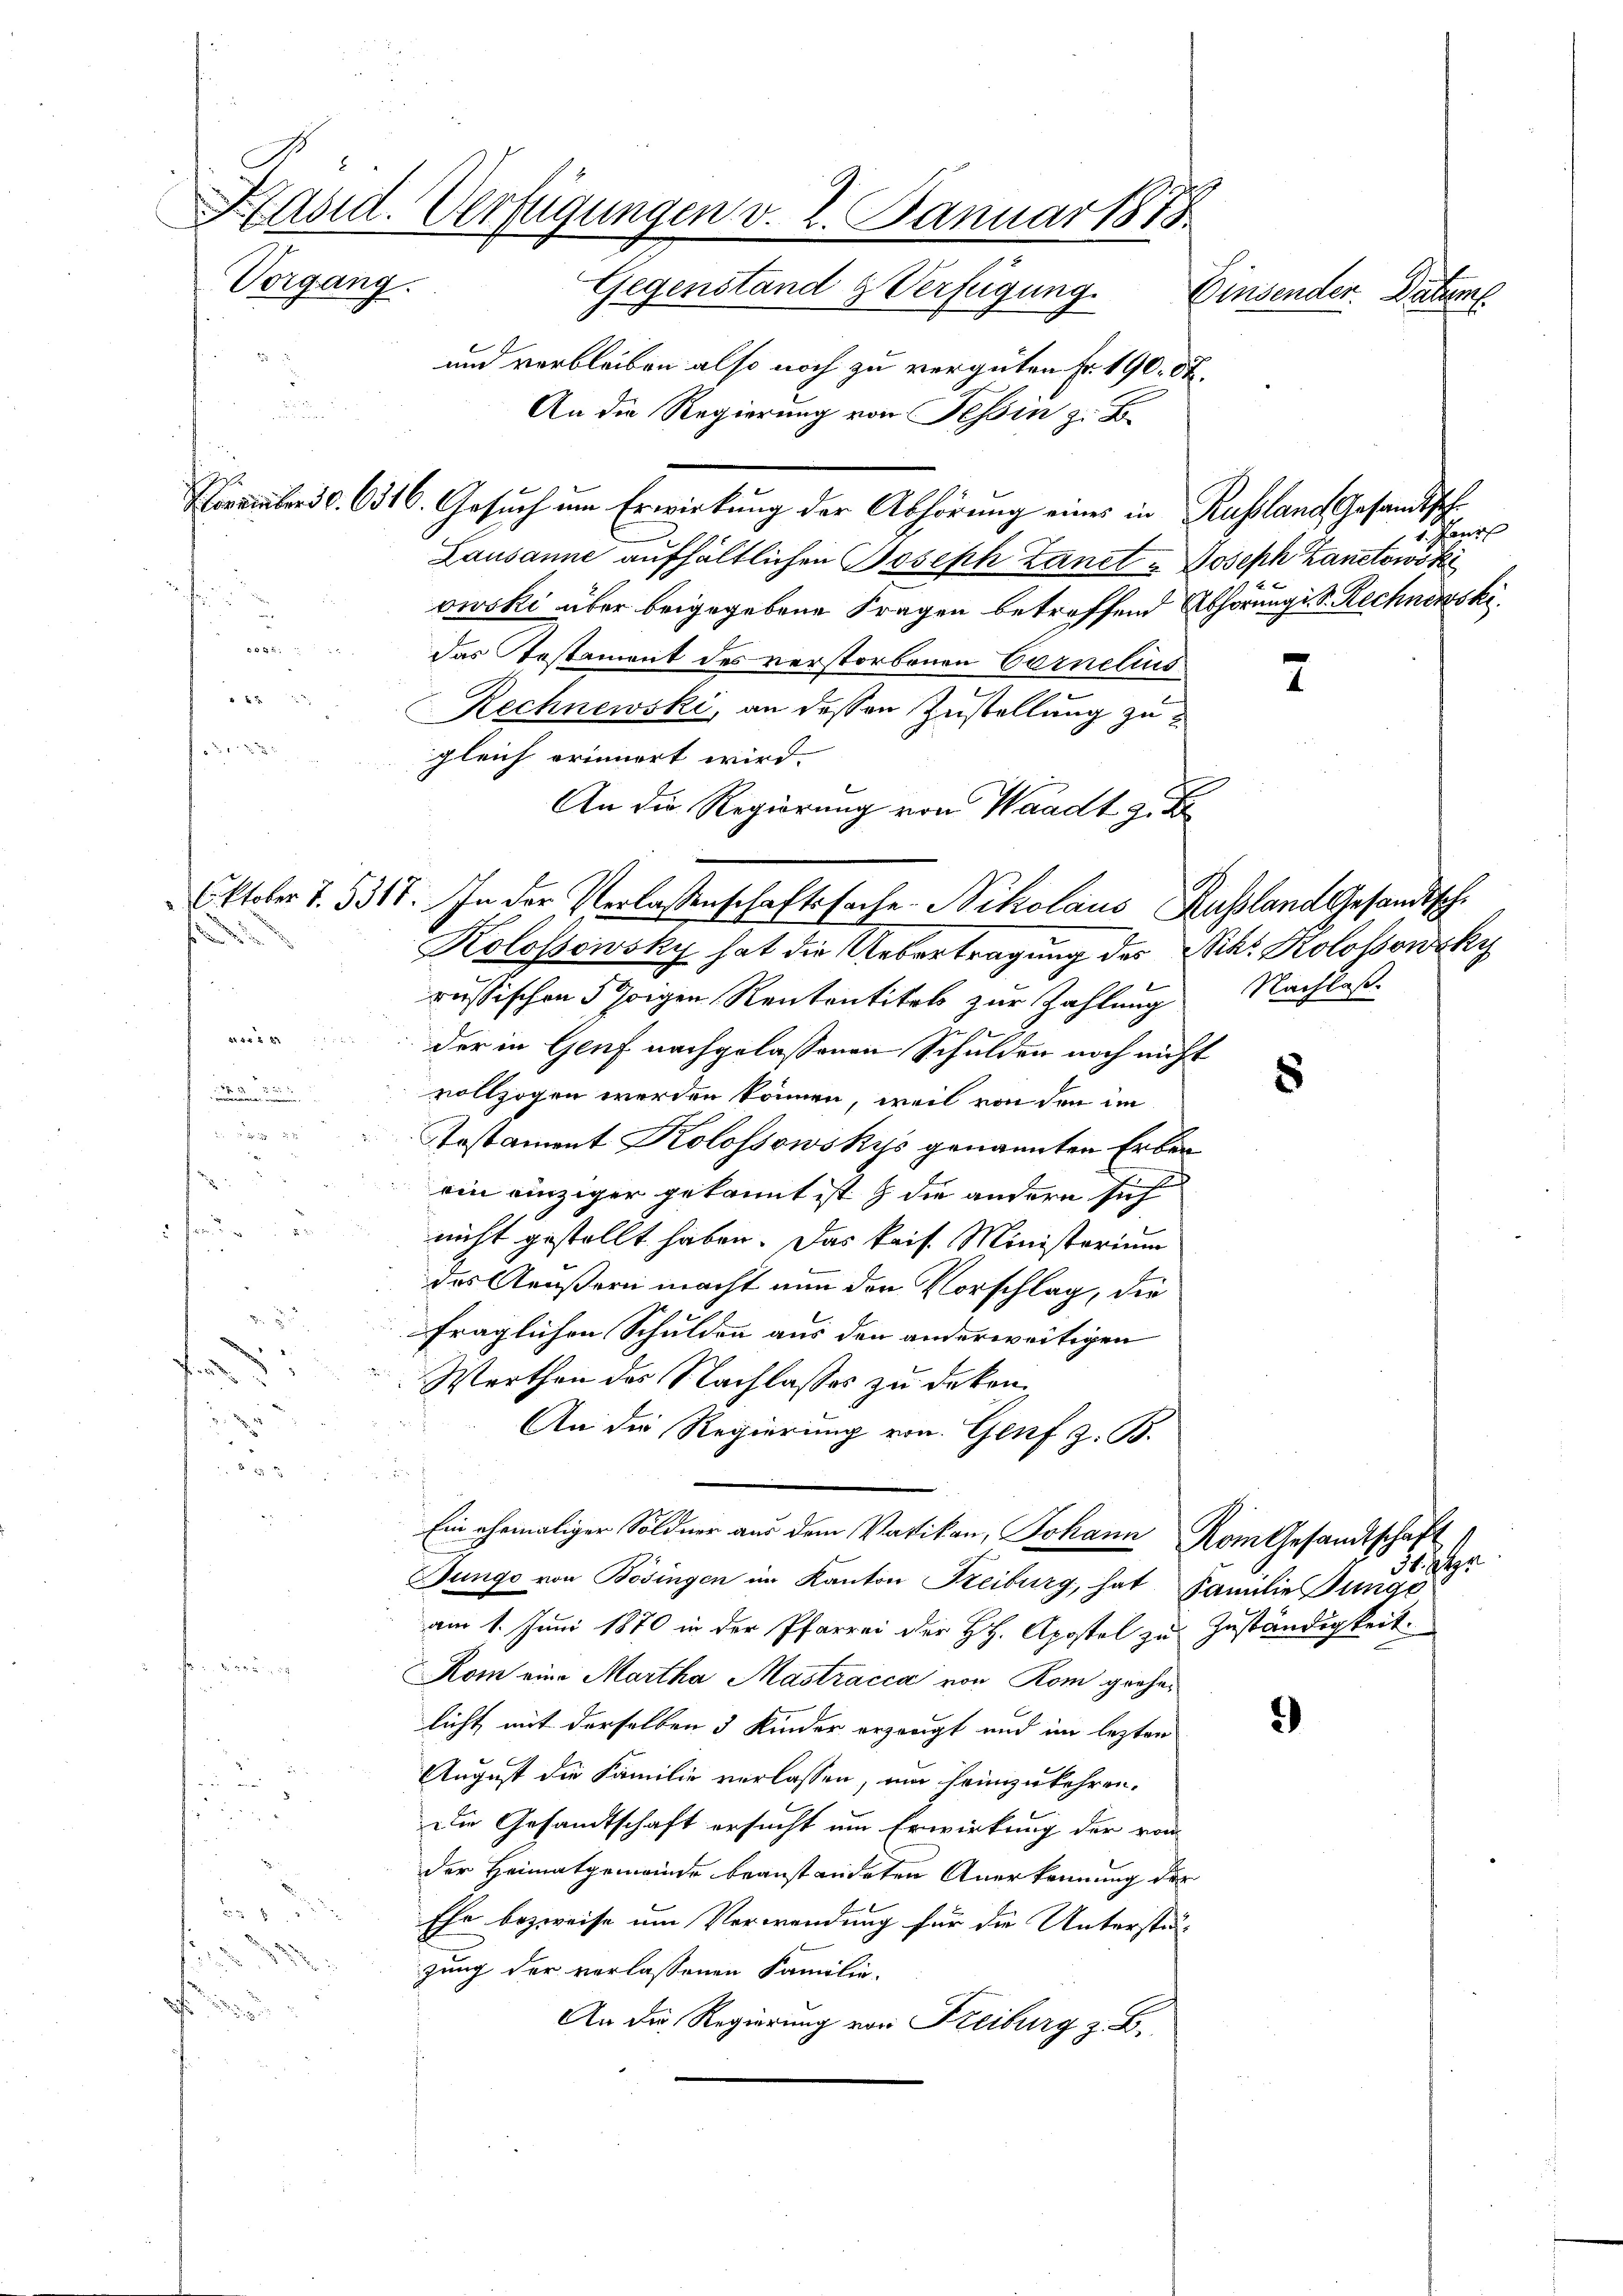
MAid. Verfügungen v. 2. Januar 1875.
Vorgang.
Gegenstand & Verfügung.
Einsender. Datum

und verbleiben also noch zu vergüten Fr. 190. St.
An die Regierung von Tessin z. B.

Lausanne aufhältlichen Joseph Landt Joseph Kantowski
.
owski über beigegebene Fragen betreffend Abhörung d. Rechnerski
und
das Testament des verstorbenen Cornelius
2 x
Rechnewski, an dessen Zustellung zu
.
gleich erinnert wird.
An die Regierung von Waadt z. B
s
Kolossowsky hat die Uebertragung des Nihr Kolossonzky
russischen § hoigen Rententitel zur Zahlung Nachlasse
der in Genf nachgelassenen Schulden noch nicht
n
u
vollzogen werden können, weil von den im
 x 2
2
Aostament Kolossowskys genannten Erben
ein einziger gekannt ist & die andern sich
nicht gestellt haben. Das kais. Ministerium
das Aeußern macht von den Vorschlag, die
fraglichen Schulden aus den anderweitigen
0
Werthen des Nachlasses zu deken,
An die Regierung von Genf z. B.
5
Ein ehemaliger Söldner aus dem Varikan, Johann Rom Gesandtschaft
Bunge von Bösingen im Kanton Freiburg, hat Familie unge
am 1. Juni 1870 in der Pfarrei der H. Apostel zu Zuständigkeit.
biren
Kom eine Martha Mastracca von Rom grehelicht mit derselben 3 Kinder erzeugt und im lezten
i
August die Familie verlassen, um heimzukehren.
u
Die Gesandtschaft ersucht um Erwirkung der vom
der Heimatgemeinde beanstandeten Anerkennung der
B
Ehe bezweife um Verwendung für die Unterstän-
zung der verlassenen Familie.
An die Regierung von Kreiburg z. B.

November 30. 6316. Gesuch um Erwirkung der Abhörung eines in Russland Gesandtsch

Oktober 1. 5318. In der Verlassenschaftssache. Nikolaus Russland Gesandtsch

an

2

8

Hr

2)